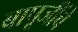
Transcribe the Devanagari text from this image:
बापूजींचे